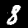
Label: 8